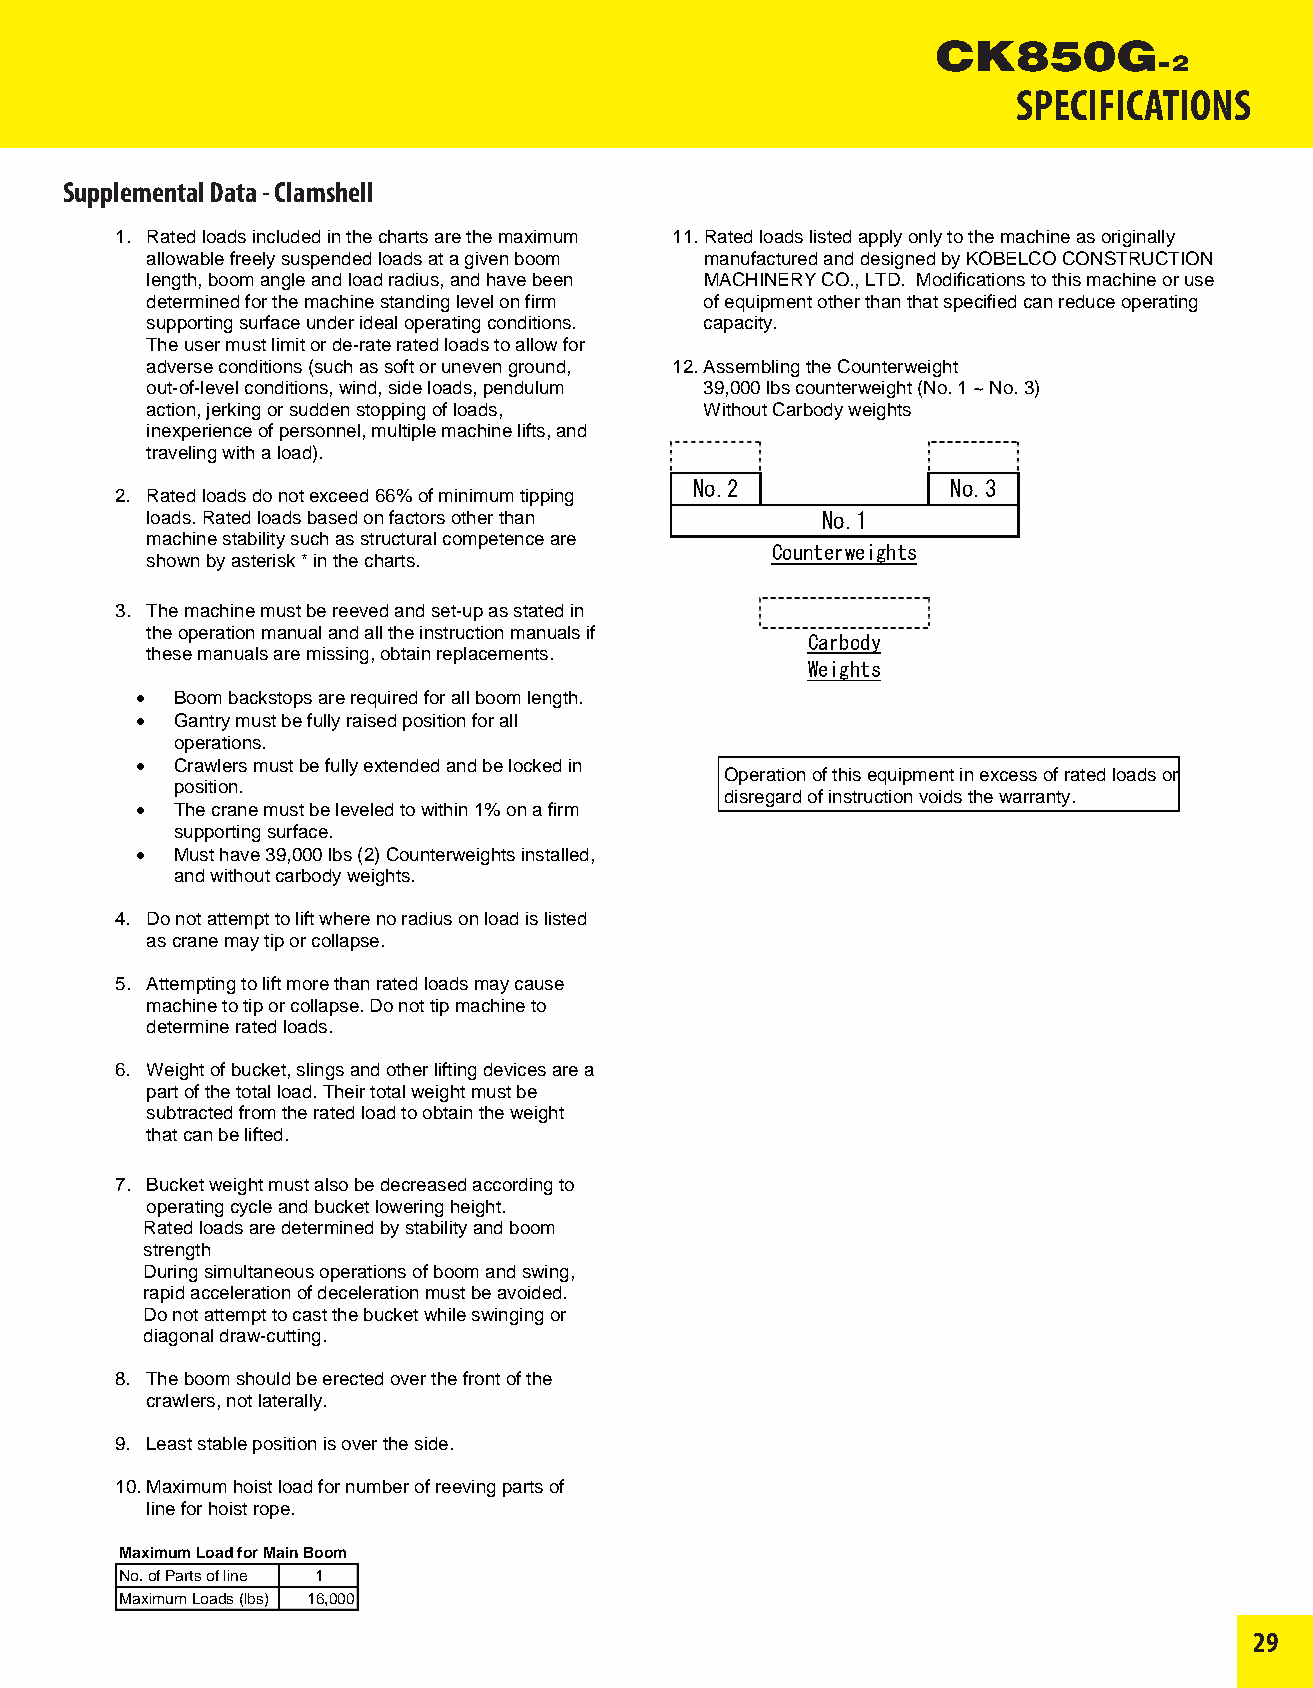
SPECIFICATIONS
 Supplemental Data - Clamshell
 1. Ratedloadsincludedinthechartsarethemaximum 11.Ratedloadslistedapplyonlytothemachineasoriginally
 allowablefreelysuspendedloadsatagivenboom manufacturedanddesignedbyKOBELCOCONSTRUCTION
 length,boomangleandloadradius,andhavebeen MACHINERYCO.,LTD. Modificationstothismachineoruse
 determinedforthemachinestandinglevelonfirm ofequipmentotherthanthatspecifiedcanreduceoperating
 supportingsurfaceunderidealoperatingconditions. capacity.
 Theusermustlimitorde-rateratedloadstoallowfor
 adverseconditions(suchassoftorunevenground, 12.AssemblingtheCounterweight
 out-of-levelconditions,wind,sideloads,pendulum 39,000lbscounterweight(No.1~No.3)
 action,jerkingorsuddenstoppingofloads, WithoutCarbodyweights
 inexperienceofpersonnel,multiplemachinelifts,and
 travelingwithaload).
 No.2             No.3
 2. Ratedloadsdonotexceed66%ofminimumtipping
 loads.Ratedloadsbasedonfactorsotherthan     No.1
 machinestabilitysuchasstructuralcompetenceare
 Counterweights
 shownbyasterisk*inthecharts.
 3. Themachinemustbereevedandset-upasstatedin
 theoperationmanualandalltheinstructionmanualsif Carbody
 thesemanualsaremissing,obtainreplacements.
 Weights
 •  Boombackstopsarerequiredforallboomlength.
 •  Gantrymustbefullyraisedpositionforall
 operations.
 •  Crawlersmustbefullyextendedandbelockedin
 Operationofthisequipmentinexcessofratedloadsor
 position.
 disregardofinstructionvoidsthewarranty.
 • Thecranemustbeleveledtowithin1%onafirm
 supportingsurface.
 • Musthave39,000lbs(2)Counterweightsinstalled,
 andwithoutcarbodyweights.
 4. Donotattempttoliftwherenoradiusonloadislisted
 ascranemaytiporcollapse.
 5. Attemptingtoliftmorethanratedloadsmaycause
 machinetotiporcollapse.Donottipmachineto
 determineratedloads.
 6. Weightofbucket,slingsandotherliftingdevicesarea
 partofthetotalload.Theirtotalweightmustbe
 subtractedfromtheratedloadtoobtaintheweight
 thatcanbelifted.
 7. Bucketweightmustalsobedecreasedaccordingto
 operatingcycleandbucketloweringheight.
 Ratedloadsaredeterminedbystabilityandboom
 strength
 Duringsimultaneousoperationsofboomandswing,
 rapidaccelerationofdecelerationmustbeavoided.
 Donotattempttocastthebucketwhileswingingor
 diagonaldraw-cutting.
 8. Theboomshouldbeerectedoverthefrontofthe
 crawlers,notlaterally.
 9. Leaststablepositionisovertheside.
 10.Maximumhoistloadfornumberofreevingpartsof
 lineforhoistrope.
 MaximumLoadforMainBoom
 No.ofPartsofline 1
 MaximumLoads(lbs) 16,000
 29